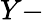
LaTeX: Y-